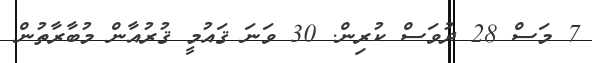
7 މަސް 28 ދުވަސް ކުރިން. 30 ވަނަ ޤައުމީ ޤުރުއާން މުބާރާތުން